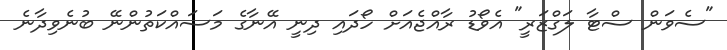
"ސެވަން ސްޓާ ލަގްޒަރީ" އެވޯޑު ރާއްޖެއަށް ހޯދައި ދިނީ އޭނާގެ މަސައްކަތުންނޭ ބުނެވިދާނެ